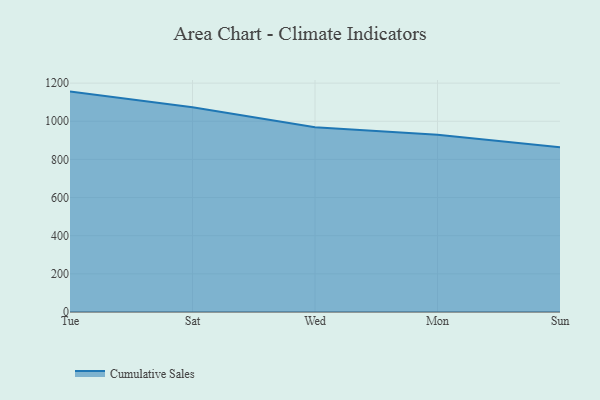
{"axis": {"x": "Day", "y": "Churn Rate (%)"}, "legend": ["Cumulative Sales"], "data": [{"x": "Tue", "y": 1155.6, "type": "Cumulative Sales"}, {"x": "Sat", "y": 1073.0, "type": "Cumulative Sales"}, {"x": "Wed", "y": 969.1, "type": "Cumulative Sales"}, {"x": "Mon", "y": 929.1, "type": "Cumulative Sales"}, {"x": "Sun", "y": 863.7, "type": "Cumulative Sales"}]}